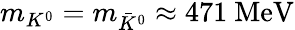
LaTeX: \begin{array}{r}{m_{K^{0}}=m_{\bar{K}^{0}}\approx 471\ \mathrm{{MeV}}}\end{array}